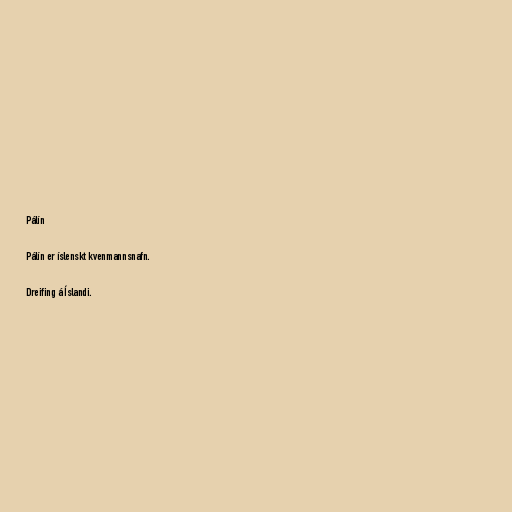
Pálín

Pálín er íslenskt kvenmannsnafn.

Dreifing á Íslandi.